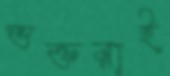
ভক্তরাই